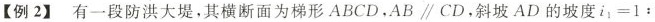
【例2】有一段防洪大堤，其横断面为梯形ABCD，AB\parallel CD，斜坡AD的坡度$$i _ { 1 } = 1 ：